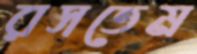
রসতেম